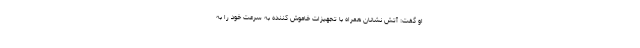
او گفت: آتش نشانان همراه با تجهیزات خاموش کننده به سرعت خود را به